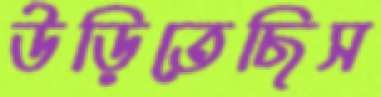
উড়িতেছিস